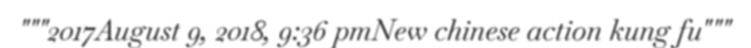
"""2017August 9, 2018, 9:36 pmNew chinese action kung fu"""